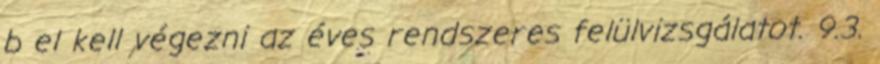
b el kell végezni az éves rendszeres felülvizsgálatot. 9.3.